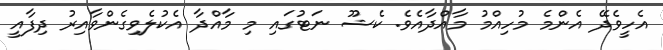
އެހީވެދޭ އެންމެ މުހިއްމު މާއްދާއެވެ. ކެޝޫ ނަޓުގައި މި މާއްދާ އެކުލެވިގެންވާއިރު ދިފާއީ